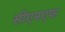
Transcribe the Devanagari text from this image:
सीएमएफ